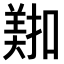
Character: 𫅖